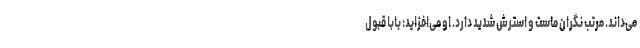
می‌داند. مرتب نگران ماست و استرش شدید دارد. او می‌افزاید: بابا قبول